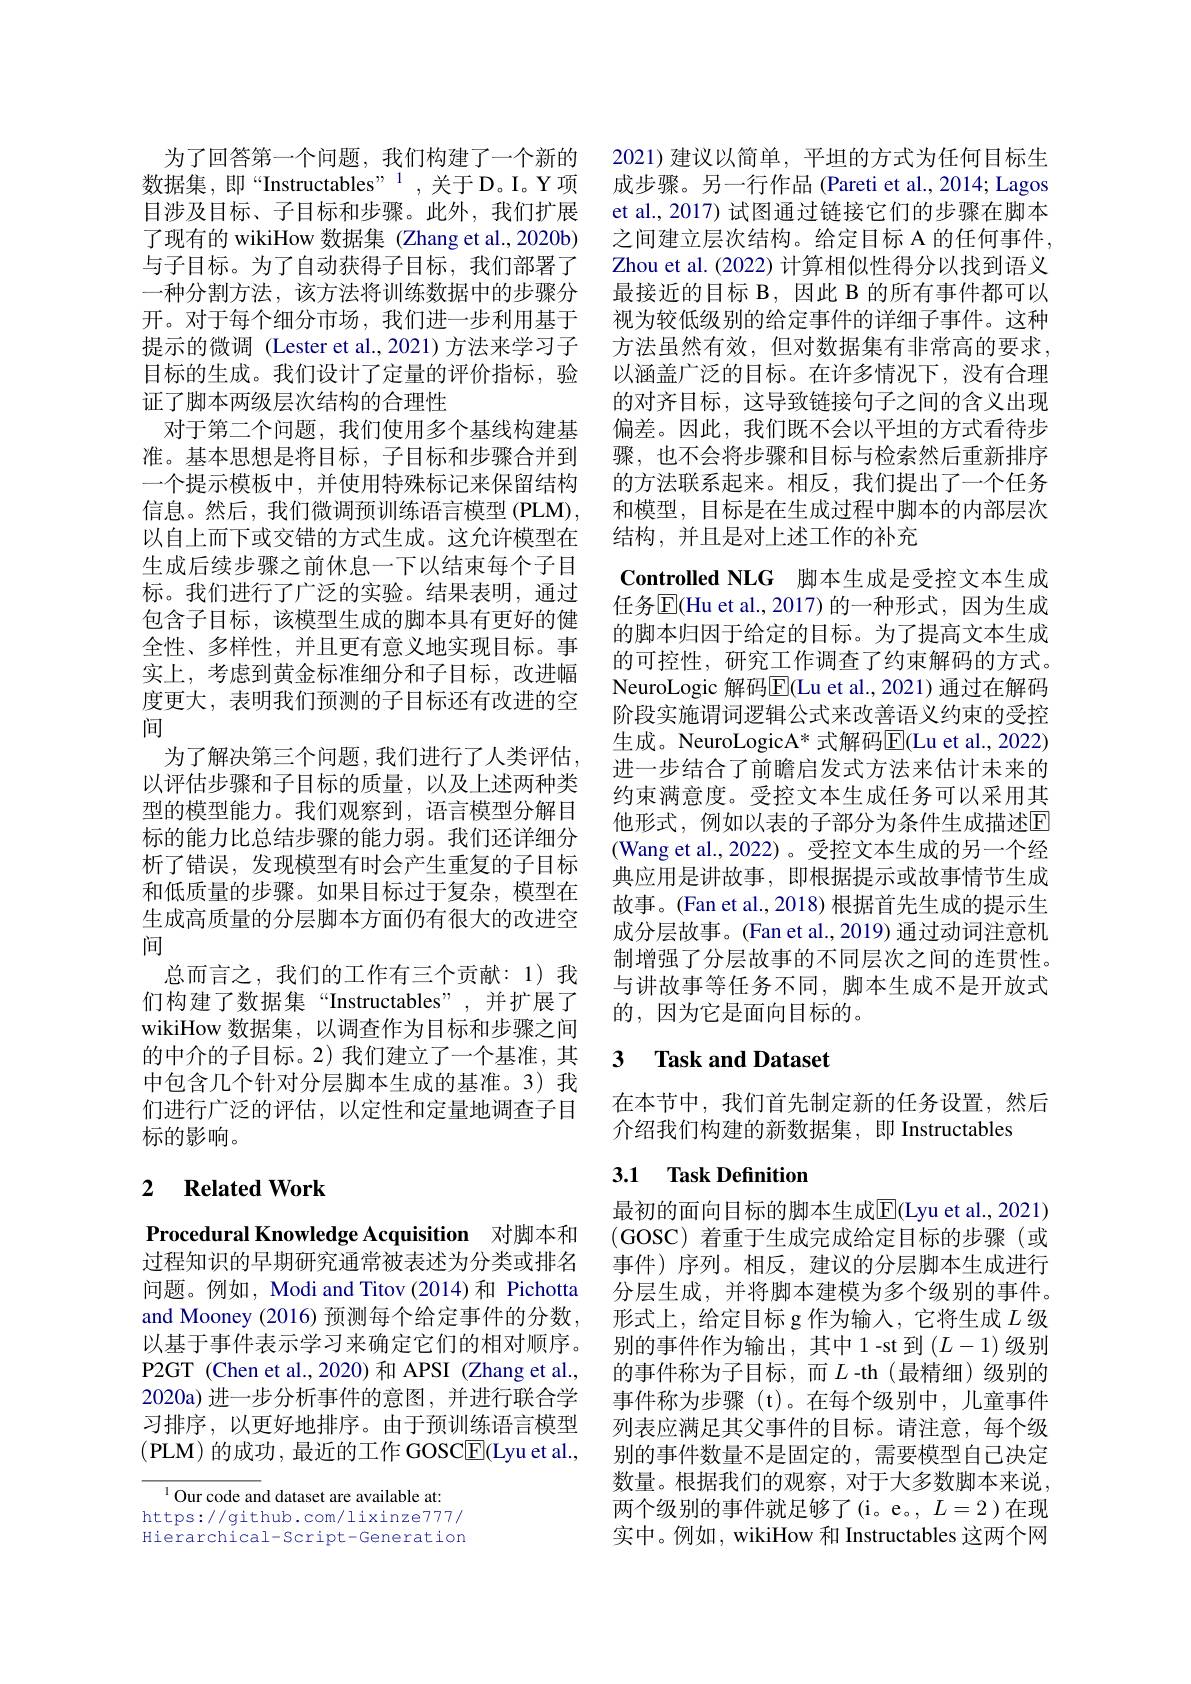
了现有的 wikiHow 数据集 (Zhang et al.,2020b) 与子目标。为了自动获得子目标，我们部署了一种分割方法，该方法将训练数据中的步骤分开。对于每个细分市场，我们进一步利用基于提示的微调 (Lester et al.,2021)方法来学习子目标的生成。我们设计了定量的评价指标，验证了脚本两级层次结构的合理性
对于第二个问题，我们使用多个基线构建基准。基本思想是将目标，子目标和步骤合并到一个提示模板中，并使用特殊标记来保留结构信息。然后，我们微调预训练语言模型 (PLM), 以自上而下或交错的方式生成。这允许模型在生成后续步骤之前休息一下以结束每个子目标。我们进行了广泛的实验。结果表明，通过包含子目标，该模型生成的脚本具有更好的健全性、多样性，并且更有意义地实现目标。事实上，考虑到黄金标准细分和子目标，改进幅度更大，表明我们预测的子目标还有改进的空间
为了解决第三个问题，我们进行了人类评估。以评估步骤和子目标的质量，以及上述两种类型的模型能力。我们观察到，语言模型分解目标的能力比总结步骤的能力弱。我们还详细分析了错误，发现模型有时会产生重复的子目标和低质量的步骤。如果目标过于复杂，模型在生成高质量的分层脚本方面仍有很大的改进空间
总而言之，我们的工作有三个贡献：1)我们构建了数据集“Instructables”,并扩展了wikiHow 数据集，以调查作为目标和步骤之间的中介的子目标。2) 我们建立了一个基准，其中包含几个针对分层脚本生成的基准。3)我们进行广泛的评估，以定性和定量地调查子目标的影响。

## 2 $\textbf{Related Work}$

Procedural Knowledge Acquisition 对脚本和过程知识的早期研究通常被表述为分类或排名问题。例如，Modi and Titov (2014)和 Pichotta and Mooney (2016) 预测每个给定事件的分数， 以基于事件表示学习来确定它们的相对顺序。P2GT (Chen et al.,2020) 和 APSI (Zhang et al., 2020a)进一步分析事件的意图，并进行联合学习排序，以更好地排序。由于预训练语言模型(PLM)的成功，最近的工作 GOSC$\underline{\mathrm{E}}($Lyu et al.,

$^{1}$Our code and dataset are available at: https://github.com/lixinze777/ Hierarchical-Script-Generation

为了回答第一个问题，我们构建了一个新的 2021)建议以简单，平坦的方式为任何目标生数据集，即“Instructables”, 关于D。I。Y项 成步骤。另一行作品(Pareti et al., 2014; Lagos 目涉及目标、子目标和步骤。此外，我们扩展 et al.,2017)试图通过链接它们的步骤在脚本
之间建立层次结构。给定目标 A 的任何事件， Zhou et al. (2022) 计算相似性得分以找到语义最接近的目标 B,因此 B 的所有事件都可以视为较低级别的给定事件的详细子事件。这种方法虽然有效，但对数据集有非常高的要求， 以涵盖广泛的目标。在许多情况下，没有合理的对齐目标，这导致链接句子之间的含义出现偏差。因此，我们既不会以平坦的方式看待步骤，也不会将步骤和目标与检索然后重新排序的方法联系起来。相反，我们提出了一个任务和模型，目标是在生成过程中脚本的内部层次结构，并且是对上述工作的补充
Controlled NLG 脚本生成是受控文本生成任务$\overline{\mathrm{E}}($Hu et al.,2017)的一种形式，因为生成的脚本归因于给定的目标。为了提高文本生成的可控性，研究工作调查了约束解码的方式。NeuroLogic 解码$\overline{\mathrm{E}}($Lu et al., 2021) 通过在解码阶段实施谓词逻辑公式来改善语义约束的受控生成。NeuroLogicA* 式解码$\operatorname{E}($Lu et al., 2022) 进一步结合了前瞻启发式方法来估计未来的约束满意度。受控文本生成任务可以采用其他形式，例如以表的子部分为条件生成描述E (Wang et al., 2022)。受控文本生成的另一个经典应用是讲故事，即根据提示或故事情节生成故事。(Fan et al., 2018) 根据首先生成的提示生成分层故事。(Fan et al., 2019) 通过动词注意机制增强了分层故事的不同层次之间的连贯性。与讲故事等任务不同，脚本生成不是开放式的，因为它是面向目标的。

## 3 $\textbf{Task and Dataset}$

在本节中，我们首先制定新的任务设置，然后
介绍我们构建的新数据集，即 Instructables

## 3.1 Task Definition

最初的面向目标的脚本生成$\overline{\mathrm{E}}$(Lyu et al., 2021) (GOSC) 着重于生成完成给定目标的步骤(或事件)序列。相反，建议的分层脚本生成进行分层生成，并将脚本建模为多个级别的事件。形式上，给定目标 g 作为输入，它将生成$L$级别的事件作为输出，其中1-st到$\left(L-1\right)$级别的事件称为子目标，而$L$-th(最精细)级别的事件称为步骤(t)。在每个级别中，儿童事件列表应满足其父事件的目标。请注意，每个级别的事件数量不是固定的，需要模型自己决定数量。根据我们的观察，对于大多数脚本来说两个级别的事件就足够了(i。e。, $L=2$)在现实中。例如，wikiHow 和 Instructables 这两个网